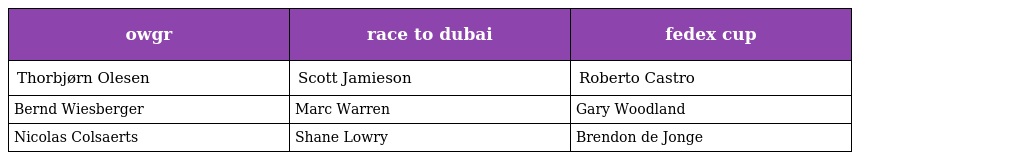
| owgr | race to dubai | fedex cup |
 | --- | --- | --- |
 | Thorbjørn Olesen | Scott Jamieson | Roberto Castro |
 | Bernd Wiesberger | Marc Warren | Gary Woodland |
 | Nicolas Colsaerts | Shane Lowry | Brendon de Jonge |